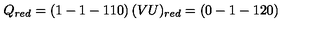
Q _ { r e d } = \left( 1 - 1 - 1 1 0 \right) ( V U ) _ { r e d } = \left( 0 - 1 - 1 2 0 \right)